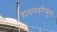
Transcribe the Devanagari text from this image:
हागणदरीमुक्त